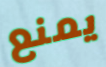
يمنع